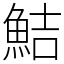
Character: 鮚